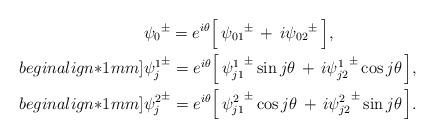
LaTeX: \begin{align*} &{\psi_0}^{\pm}=e^{i\theta}\Big[\,{\psi_{01}}^{\pm}\,+\,i{\psi_{02}}^{\pm}\,\Big], \\begin{align*}1mm] &{\psi_j^1}^{\pm}=e^{i\theta}\Big[\,{\psi_{j1}^1}^{\pm}\sin{j\theta}\,+\,i{\psi_{j2}^1}^{\pm}\cos{j\theta}\,\Big], \\begin{align*}1mm] &{\psi_j^2}^{\pm}=e^{i\theta}\Big[\,{\psi_{j1}^2}^{\pm}\cos{j\theta}\,+\,i{\psi_{j2}^2}^{\pm}\sin{j\theta}\,\Big]. \end{align*}